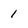
Character: 1